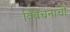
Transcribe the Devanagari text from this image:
विवेचनाची